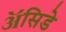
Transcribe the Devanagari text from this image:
ॲसिडे